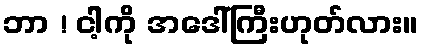
ဘာ ! ငါ့ကို အဒေါ်ကြီးဟုတ်လား။